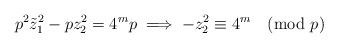
LaTeX: \begin{align*} p^{2} \Tilde{z}_{1}^{2} - pz_{2}^{2} = 4^{m}p \implies -z_{2}^{2} \equiv 4^{m} \pmod p\end{align*}